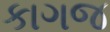
કાગજ